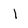
Character: l